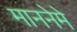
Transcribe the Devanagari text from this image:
माननेमे